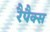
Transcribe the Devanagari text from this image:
रैपैक्स